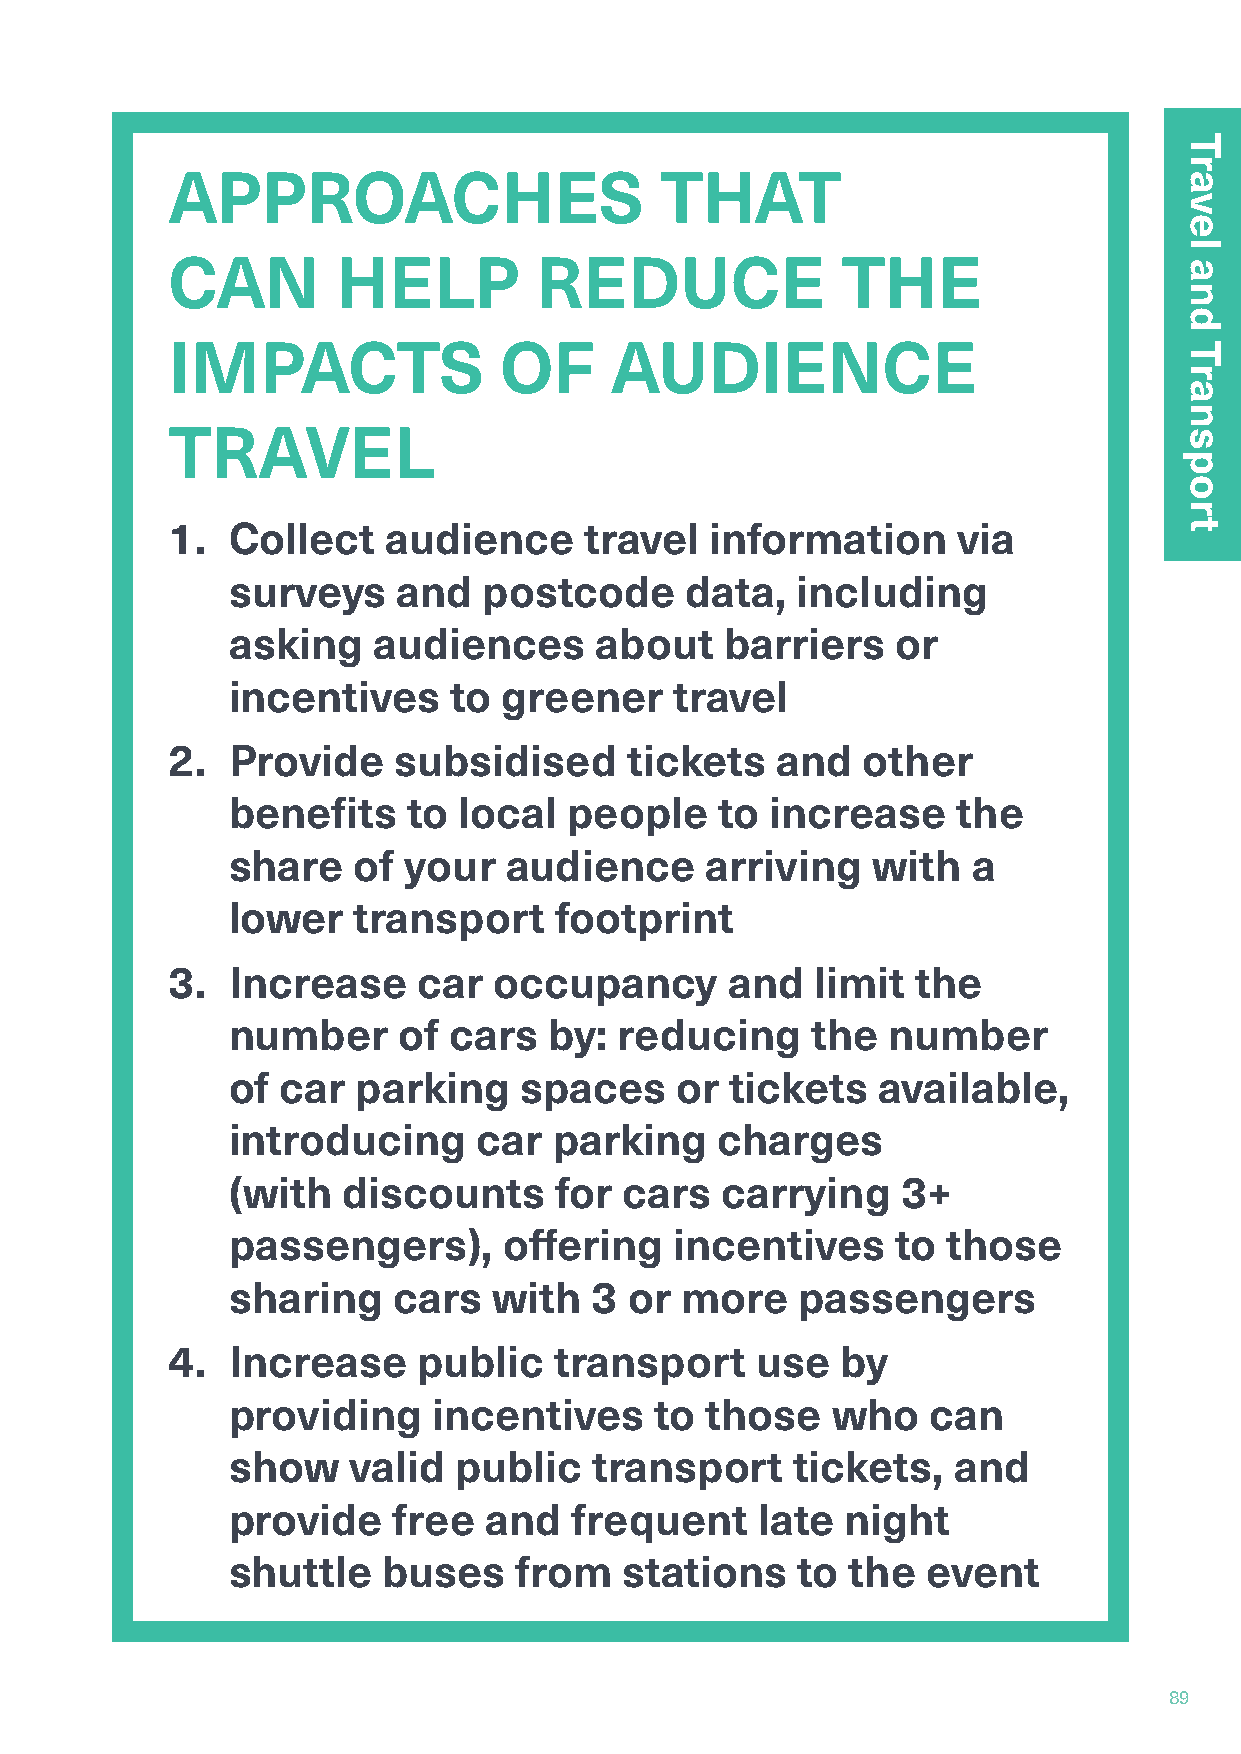
APPROACHES                       THAT
 CAN        HELP         REDUCE               THE
 IMPACTS               OF     AUDIENCE
 TRAVEL
 1.  Collect   audience      travel  information     via
 surveys    and   postcode     data,   including
 asking    audiences     about    barriers   or
 incentives     to greener     travel
 2.  Provide    subsidised      tickets  and   other
 benefits    to local   people    to increase    the
 share   of  your  audience      arriving   with  a
 lower   transport     footprint
 3.  Increase     car  occupancy      and   limit  the
 number     of  cars  by:  reducing     the  number
 of  car  parking   spaces     or tickets   available,
 introducing      car  parking   charges
 (with   discounts     for cars   carrying    3+
 passengers),      offering    incentives    to  those
 sharing    cars   with  3  or more    passengers
 4.  Increase     public   transport    use   by
 providing     incentives    to  those   who   can
 show    valid  public   transport     tickets,  and
 provide    free  and   frequent    late  night
 shuttle   buses    from   stations    to the  event
 89
 Travel
 and
 Transport
 Travel
 and
 Transport